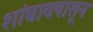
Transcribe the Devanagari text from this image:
शांघायपासून